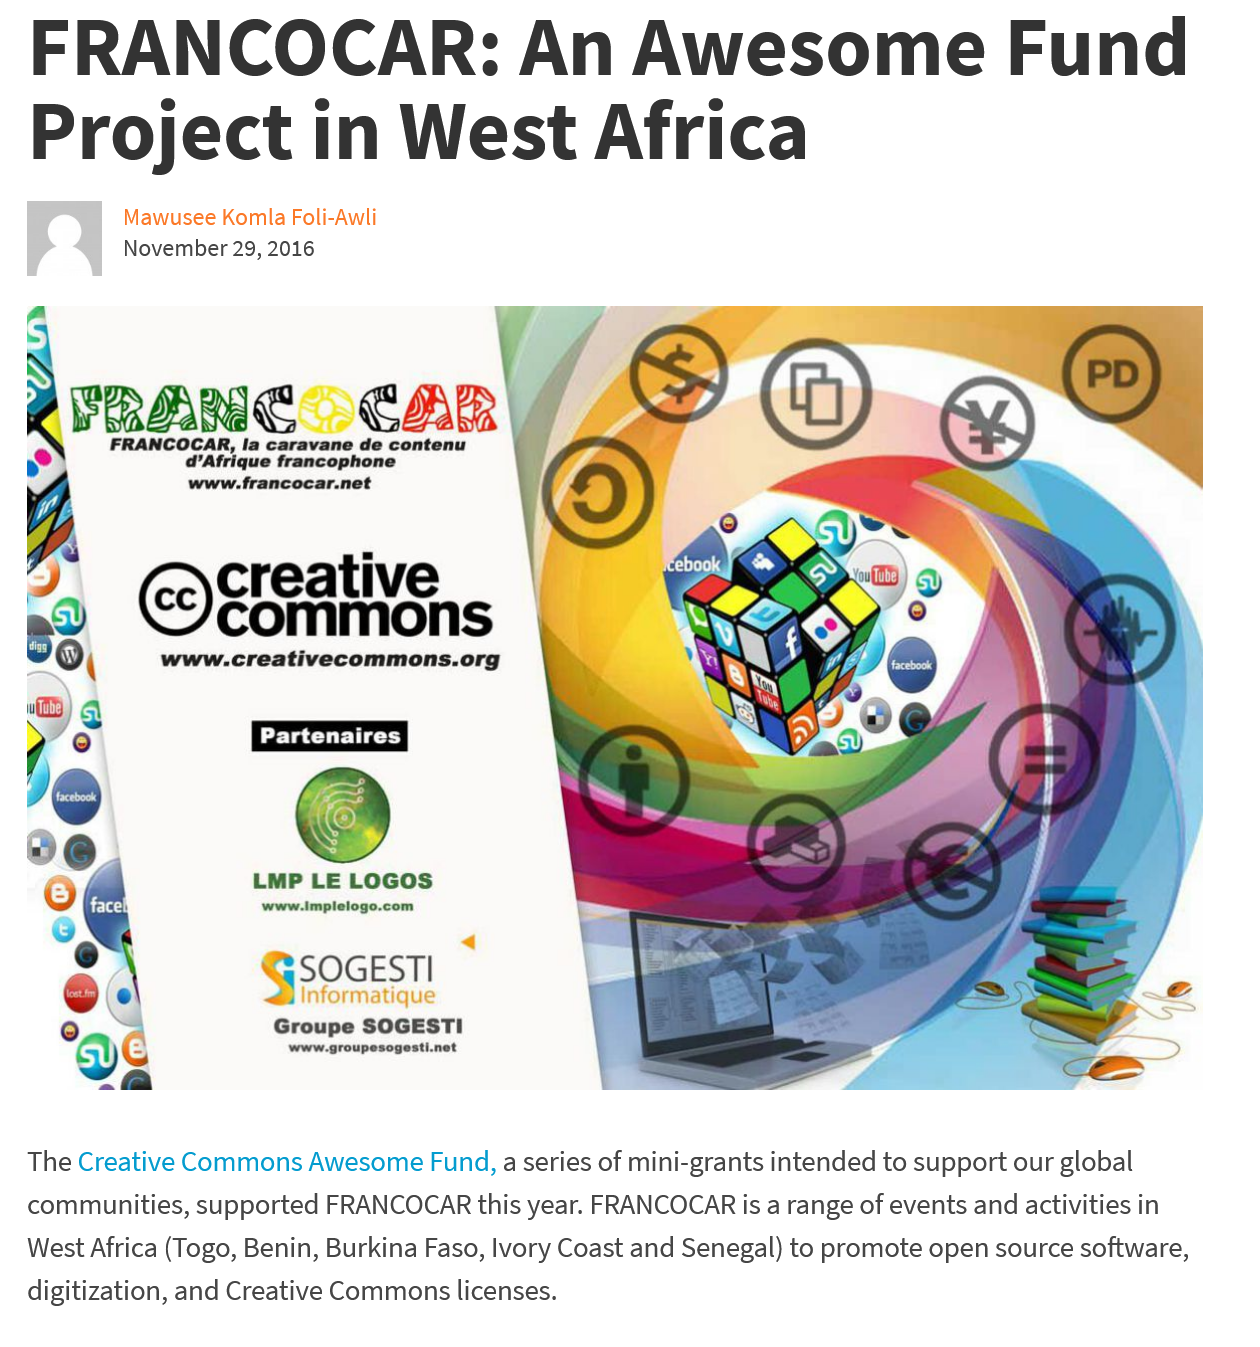
The Creative Commons Awesome Fund, a series of mini-grants intended to support our global
   communities, supported FRANCOCAR this year. FRANCOCAR is a range of events and activities in
   West Africa (Togo, Benin, Burkina Faso, Ivory Coast and Senegal) to promote open source software,
   digitization, and Creative Commons licenses.
     Mawusee Komla Foli-Awli
     November 29, 2016
     Boe    CAS
     Groupe SOGESTI
     www.groupesogesti.net
   FRANCOCAR:    An    Awesome    Fund
   Project    in    West    Africa
     <
     SOGESTI
     Informatique
     Ereative
     commons
     www.creativecommons.org

     SE)
     LMP LE LoGos
     www.implelogo.com